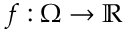
f : \Omega \to \mathbb { R }